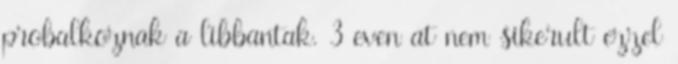
probalkoznak a libbantak. 3 even at nem sikerult ezzel